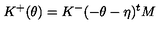
K ^ { + } ( \theta ) = K ^ { - } ( - \theta - \eta ) ^ { t } M